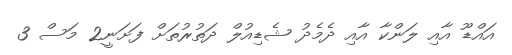
އައްޑޫ އާއި ލަންކާ އާއި ދެމެދު ޝެޑިއުލް ދަތުރުތަށް ފަށަނީ2 މަސް 3